Sanitation, dispensaries and jails vaccination Rajputana 1922-1927 - 1922-1927
Year: 1922
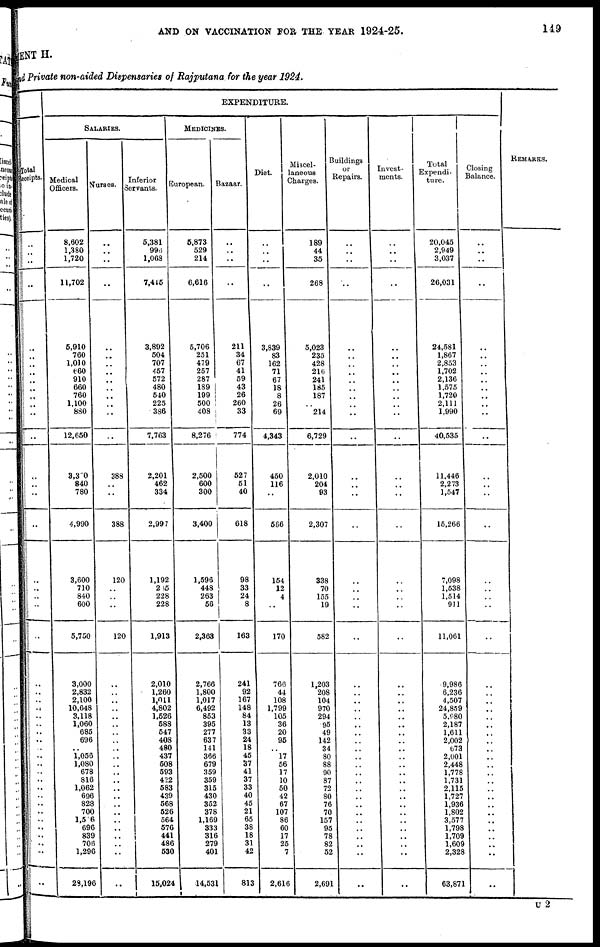
AND ON VACCINATION FOR THE YEAR 1924-25.
149
MENT H.
and Private non-aided Dispensaries of Rajputana for the year 1924.
Total
Receipts-
..
..
..
..
..
..
..
..
..
..
..
..
..
..
..
..
..
..
..
..
..
..
..
..
..
..
..
..
..
..
..
..
..
..
..
..
..
..
..
..
..
..
..
..
..
..
EXPENDITURE.
SALARIES.
Medical
Officers.
8,602
1,380
1,720
11,702
5,910
760
1,010
660
910
660
760
1,100
880
12,650
3,300
840
780
4,990
3,600
710
840
600
5,750
3,000
2,832
2,100
10,648
3,118
1,060
685
696
..
1,056
1,080
678
816
1,062
696
828
700
1,506
696
839
706
1,296
28,196
Nurses.
..
..
..
..
..
..
..
..
..
..
..
..
..
..
388
..
..
388
120
..
..
..
120
..
..
..
..
..
..
..
..
..
..
..
..
..
..
..
..
..
..
..
..
..
..
..
Inferior
Servants.
5,381
996
1,068
7,445
3,892
504
707
457
572
480
540
225
386
7,763
2,201
462
334
2,997
1,192
215
228
228
1,913
2,010
1,260
1,011
4,802
1,526
588
547
408
480
437
508
593
422
583
439
568
526
564
576
441
486
530
15,024
MEDICINES.
European.
5,873
529
214
6,616
5,706
251
479
257
287
189
199
500
408
8,276
2,500
600
300
3,400
1,596
448
263
56
2,363
2,766
1,800
1,017
6,492
853
395
277
637
141
366
679
359
359
315
430
352
378
1,169
333
316
279
401
14,531
Bazaar.
..
..
..
..
211
34
67
41
59
43
26
260
33
774
527
51
40
618
98
33
24
8
163
241
92
167
148
84
13
33
24
18
45
37
41
37
33
40
45
21
65
38
18
31
42
813
Diet.
..
..
..
..
3,839
83
162
71
67
18
8
26
69
4,343
450
116
..
566
154
12
4
..
170
766
44
108
1,799
105
36
20
95
..
17
56
17
10
50
42
67
107
86
60
17
25
7
2,616
Miscel-
laneous
Charges.
189
44
35
268
5,023
235
428
216
241
185
187
..
214
6,729
2,010
204
93
2,307
338
70
155
19
582
1,203
208
104
970
294
95
49
142
34
80
88
90
87
72
80
76
70
157
95
78
82
52
2,691
Buildings
or
Repairs.
..
..
..
..
..
..
..
..
..
..
..
..
..
..
..
..
..
..
..
..
..
..
..
..
..
..
..
..
..
..
..
..
..
..
..
..
..
..
..
..
..
..
..
..
..
..
Invest-
ments.
..
..
..
..
..
..
..
..
..
..
..
..
..
..
..
..
..
..
..
..
..
..
..
..
..
..
..
..
..
..
..
..
..
..
..
..
..
..
..
..
..
..
..
..
..
..
Total
Expendi-
ture.
20,045
2,949
3,037
26,031
24,581
1,867
2,853
1,702
2,136
1,575
1,720
2,111
1,990
40,535
11,446
2,273
1,547
15,266
7,098
1,538
1,514
911
11,061
9,986
6,236
4,507
24,859
5,980
2,187
1,611
2,002
673
2,001
2,448
1,778
1,731
2,115
1,727
1,936
1,802
3,577
1,798
1,709
1,609
2,328
63,871
Closing
Balance.
..
..
..
..
..
..
..
..
..
..
..
..
..
..
..
..
..
..
..
..
..
..
..
..
..
..
..
..
..
..
..
..
..
..
..
..
..
..
..
..
..
..
..
..
..
..
REMARKS.
U 2